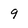
Character: 9